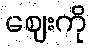
ဈေးကို